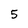
Character: 5